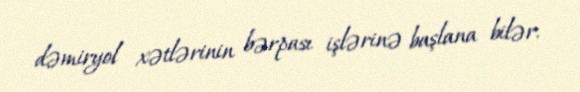
dəmiryol xətlərinin bərpası işlərinə başlana bilər.